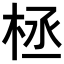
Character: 𣑕